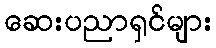
ဆေးပညာရှင်များ